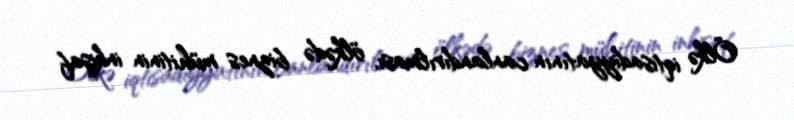
Ölkə iqtisadiyyatının canlandırılması, ölkədə biznes mühitinin inkişaf